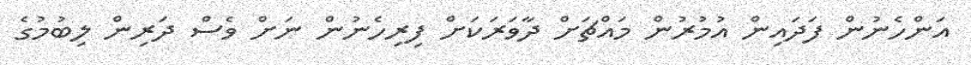
އަންހެނުން ފަދައިން އުމުރުން މައްޗަށް ދާވަރަކަށް ފިރިހެނުން ނަށް ވެސް ދަރިން ލިބުމުގެ